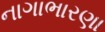
નાગાભારણા